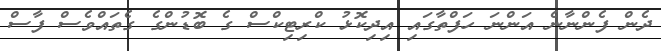
ދެން ފެންނާނެ އަންނަ ހަފްތާގައި އިދިކޮޅު ކްރިޓިކްސް ގެ ބޮޑުންގެ ގެތައްވެސް ފާސް